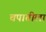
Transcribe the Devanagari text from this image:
चपातीला